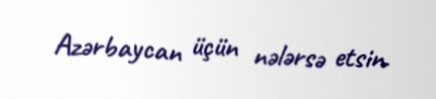
Azərbaycan üçün nələrsə etsin.